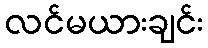
လင်မယားချင်း